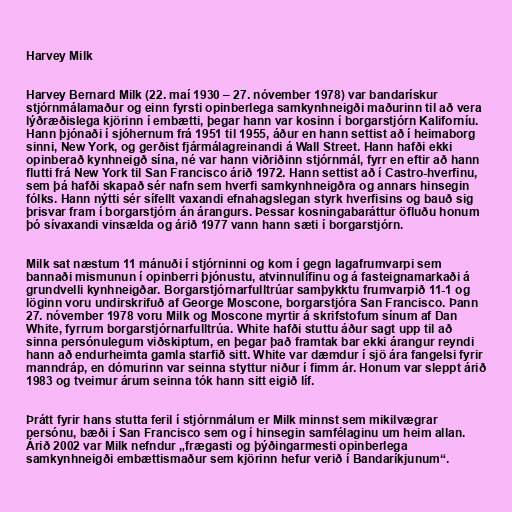
Harvey Milk

Harvey Bernard Milk (22. maí 1930 – 27. nóvember 1978) var bandarískur
stjórnmálamaður og einn fyrsti opinberlega samkynhneigði maðurinn til að vera
lýðræðislega kjörinn í embætti, þegar hann var kosinn í borgarstjórn Kaliforníu.
Hann þjónaði í sjóhernum frá 1951 til 1955, áður en hann settist að í heimaborg
sinni, New York, og gerðist fjármálagreinandi á Wall Street. Hann hafði ekki
opinberað kynhneigð sína, né var hann viðriðinn stjórnmál, fyrr en eftir að hann
flutti frá New York til San Francisco árið 1972. Hann settist að í Castro-hverfinu,
sem þá hafði skapað sér nafn sem hverfi samkynhneigðra og annars hinsegin
fólks. Hann nýtti sér sífellt vaxandi efnahagslegan styrk hverfisins og bauð sig
þrisvar fram í borgarstjórn án árangurs. Þessar kosningabaráttur öfluðu honum
þó sívaxandi vinsælda og árið 1977 vann hann sæti í borgarstjórn.

Milk sat næstum 11 mánuði í stjórninni og kom í gegn lagafrumvarpi sem
bannaði mismunun í opinberri þjónustu, atvinnulífinu og á fasteignamarkaði á
grundvelli kynhneigðar. Borgarstjórnarfulltrúar samþykktu frumvarpið 11-1 og
löginn voru undirskrifuð af George Moscone, borgarstjóra San Francisco. Þann
27. nóvember 1978 voru Milk og Moscone myrtir á skrifstofum sínum af Dan
White, fyrrum borgarstjórnarfulltrúa. White hafði stuttu áður sagt upp til að
sinna persónulegum viðskiptum, en þegar það framtak bar ekki árangur reyndi
hann að endurheimta gamla starfið sitt. White var dæmdur í sjö ára fangelsi fyrir
manndráp, en dómurinn var seinna styttur niður í fimm ár. Honum var sleppt árið
1983 og tveimur árum seinna tók hann sitt eigið líf.

Þrátt fyrir hans stutta feril í stjórnmálum er Milk minnst sem mikilvægrar
persónu, bæði í San Francisco sem og í hinsegin samfélaginu um heim allan.
Árið 2002 var Milk nefndur „frægasti og þýðingarmesti opinberlega
samkynhneigði embættismaður sem kjörinn hefur verið í Bandaríkjunum“.